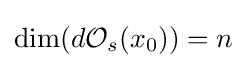
\dim(d{\mathcal {O}}_{s}(x_{0}))=n